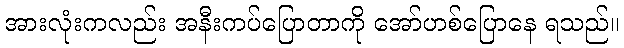
အားလုံးကလည်း အနီးကပ်ပြောတာကို အော်ဟစ်ပြောနေ ရသည်။